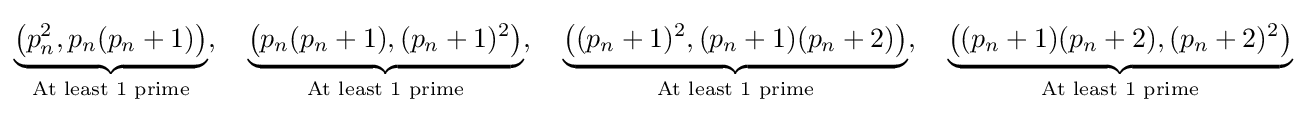
\underbrace {{\big (}p_{n}^{2},p_{n}(p_{n}+1){\big )}} _{{\text{At least }}1{\text{ prime}}},\quad \underbrace {{\big (}p_{n}(p_{n}+1),(p_{n}+1)^{2}{\big )}} _{{\text{At least }}1{\text{ prime}}},\quad \underbrace {{\big (}(p_{n}+1)^{2},(p_{n}+1)(p_{n}+2){\big )}} _{{\text{At least }}1{\text{ prime}}},\quad \underbrace {{\big (}(p_{n}+1)(p_{n}+2),(p_{n}+2)^{2}{\big )}} _{{\text{At least }}1{\text{ prime}}}